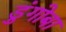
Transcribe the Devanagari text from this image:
डुंगोबा